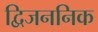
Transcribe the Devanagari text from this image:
द्विजननिक